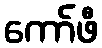
ကော်ဖီ